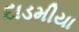
દાડમીયા